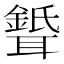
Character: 𦗦